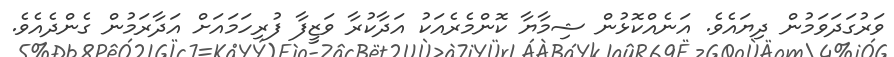
ވަރުގަދަވަމުން ދިޔައެވެ. އަނެއްކޮޅުން ޝިމާޔާ ކޮންމެރެއަކު އަދާކުރާ ވަޒީފާ ފުރިހަމައަށް އަދާރަމުން ގެންދެއެވެ.